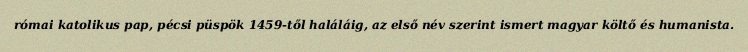
római katolikus pap, pécsi püspök 1459-től haláláig, az első név szerint ismert magyar költő és humanista.